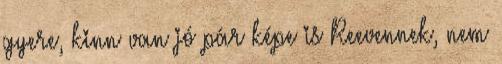
gyere, kinn van jó pár képe is Reevennek, nem